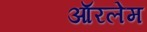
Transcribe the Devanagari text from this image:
ऑरलेम